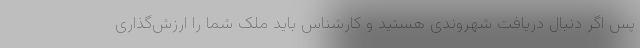
پس اگر دنبال دریافت شهروندی هستید و کارشناس باید ملک شما را ارزش‌گذاری